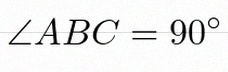
\angle ABC=90^\circ